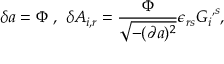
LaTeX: \delta a = \Phi \ , \ \delta A _ { i , r } = \frac { \Phi } { \sqrt { - ( \partial a ) ^ { 2 } } } \epsilon _ { r s } { { \cal G } _ { i } } ^ { , s } ,